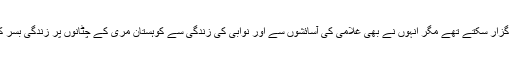
شہید نوابزادہ بالاچ خان مری بھی اگر چاہتے تو نوابی زندگی گزار سکتے تھے مگر انہوں نے بھی غلامی کی آسائشوں سے اور نوابی کی زندگی سے کوہستان مری کے چٹانوں پر زندگی بسر کرنے پر فوقیت دی تاکہ آنے والے نسلوں کا مستقبل روشن ہو۔